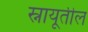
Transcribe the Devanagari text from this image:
स्नायूतील